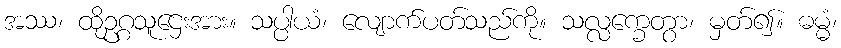
အဿ၊ ထိုဥဂ္ဂသူဌေးအား။ သပ္ပါယံ၊ လျောက်ပတ်သည်ကို။ သလ္လက္ခေတွာ၊ မှတ်၍။ ဓမ္မံ၊